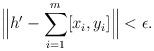
LaTeX: \begin{align*}\Big\|h'-\sum_{i=1}^m[x_i,y_i]\Big\|<\epsilon.\end{align*}